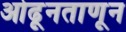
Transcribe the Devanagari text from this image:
ओढूनताणून